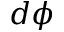
d \phi